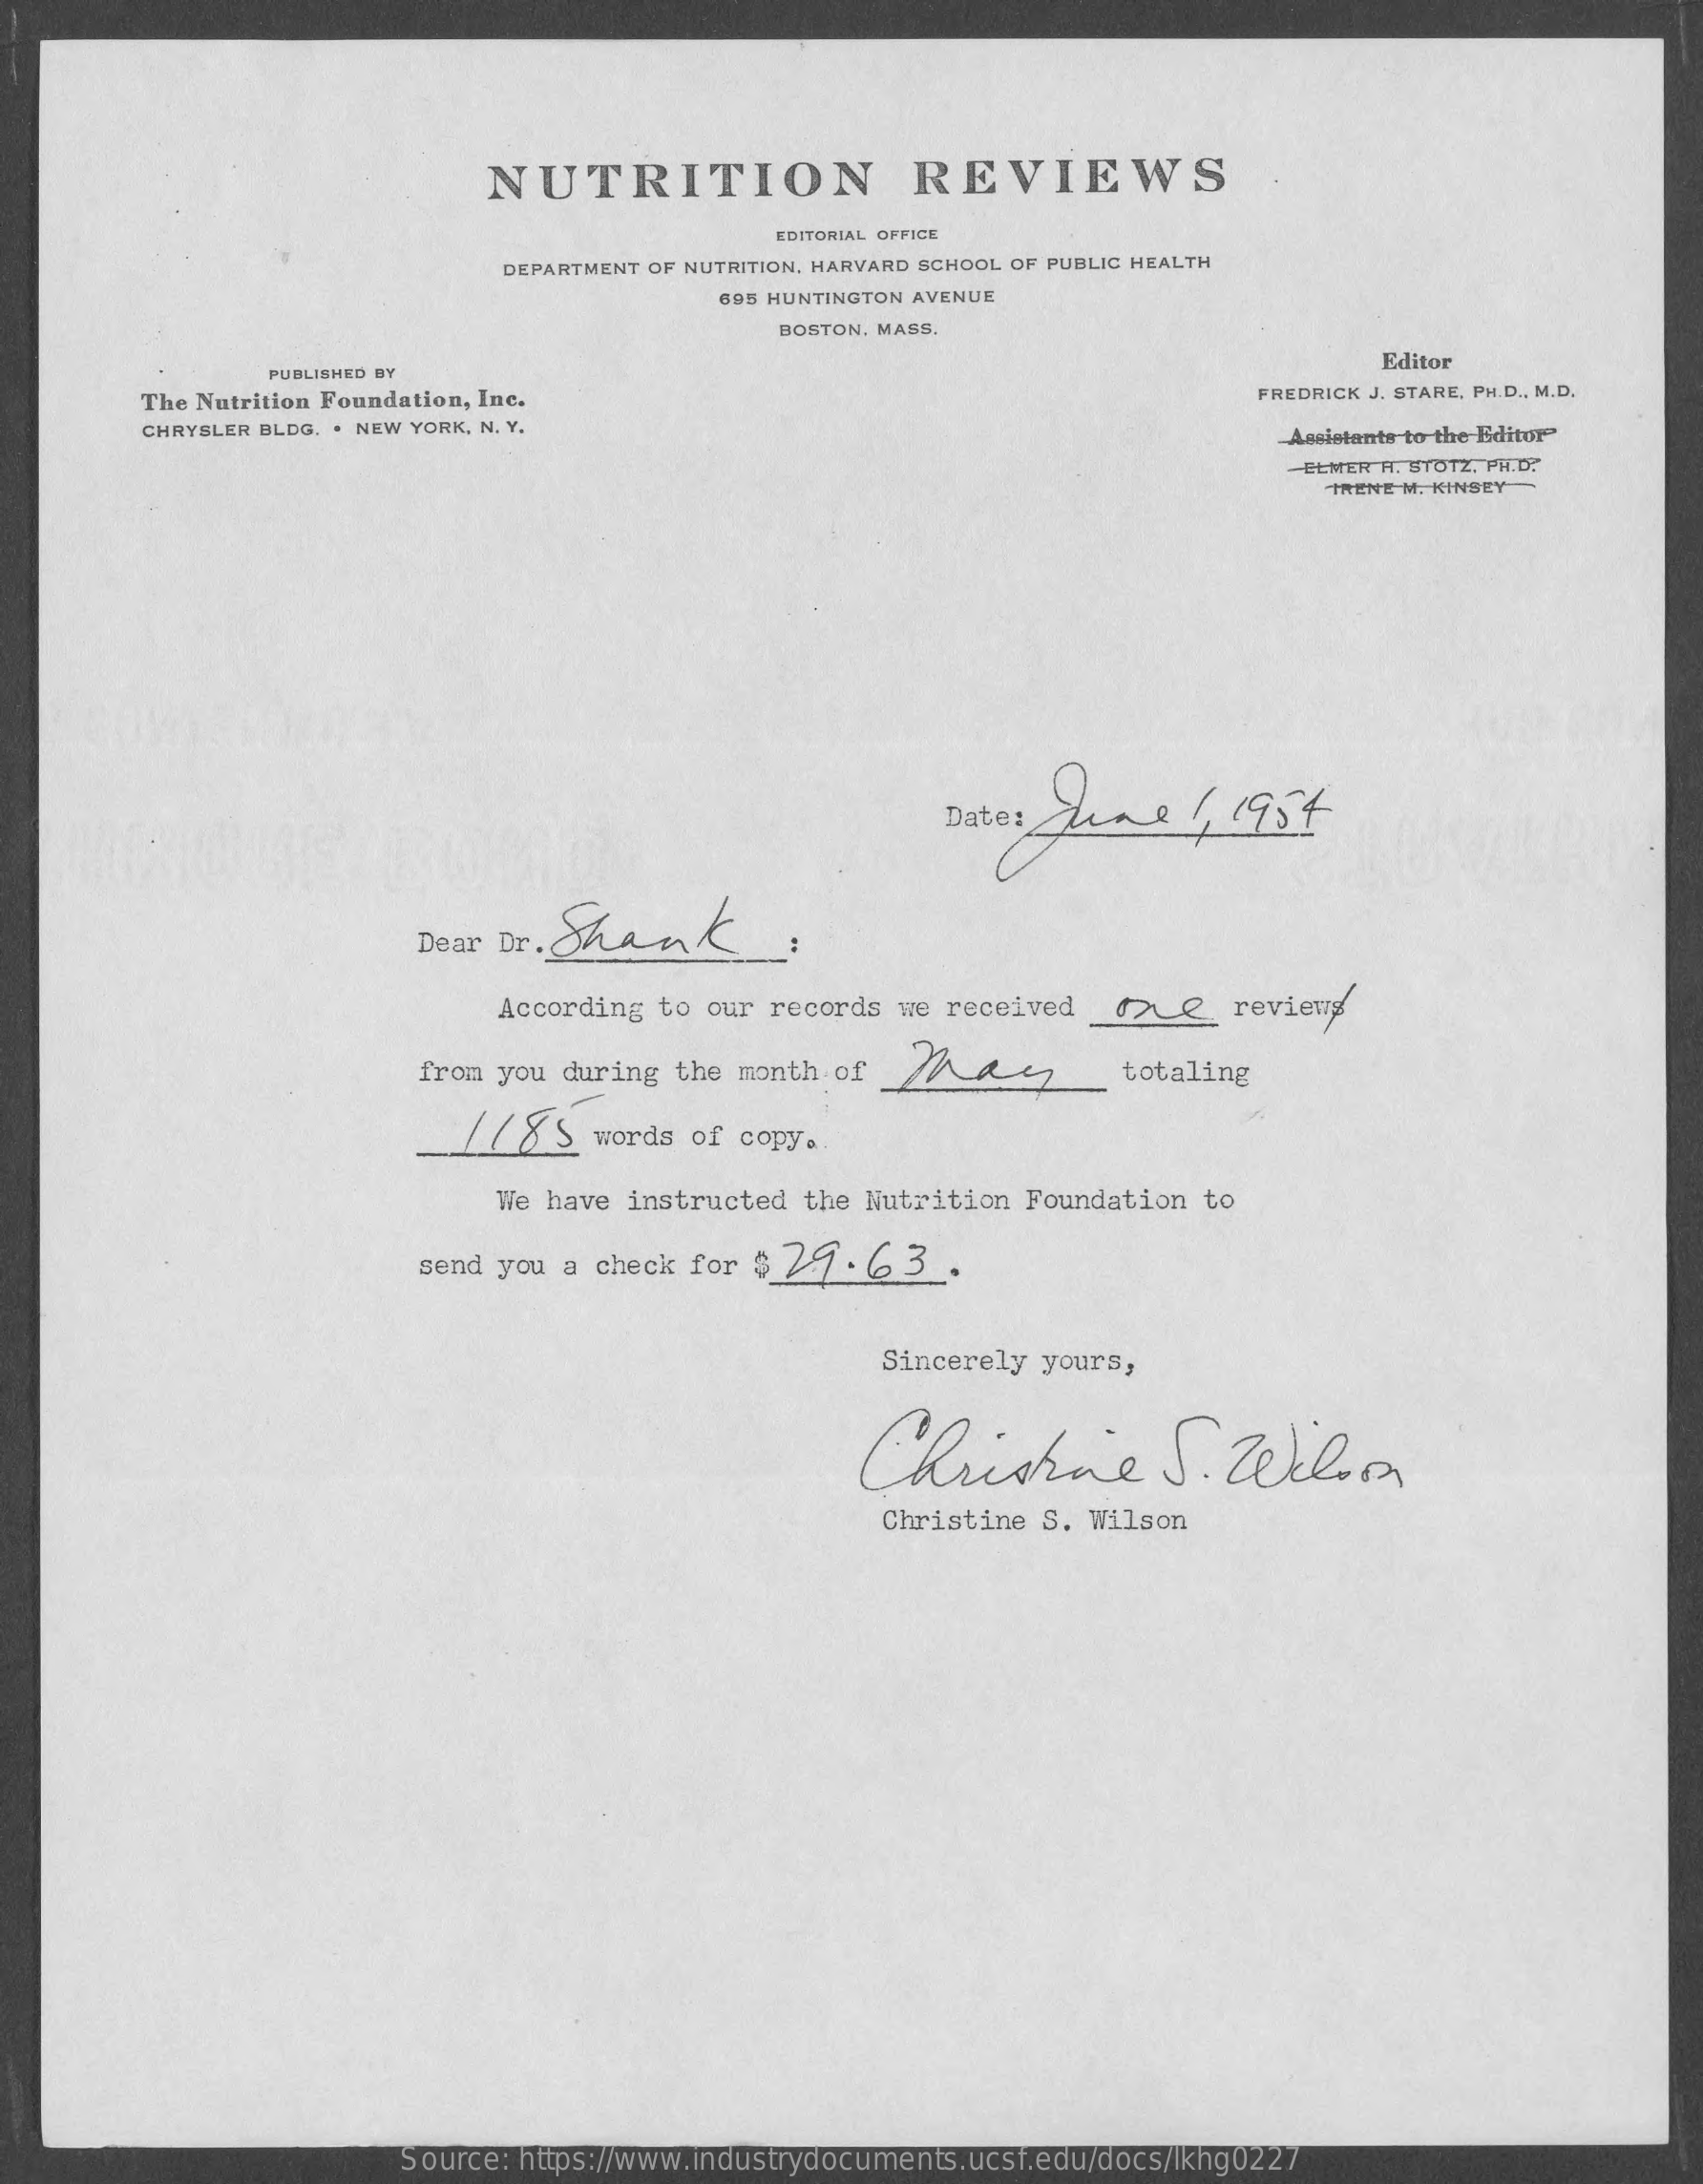
NUTRITION    REVIEWS
     EDITORIAL OFFICE
     DEPARTMENT OF NUTRITION. HARVARD SCHOOL OF PUBLIC HEALTH
     695 HUNTINGTON AVENUE
     BOSTON. MASS.
     PUBLISHED BY
     Editor
     The Nutrition Foundation, Inc.    FREDRICK J. STARE, PH.D ., M.D.
     CHRYSLER BLDG. . NEW YORK, N. Y.
     Assistants to the Editor-
     ELMER H. STOTZ, PH.D?
     TRENE M. KINSEY
     Date:   Line    (  1954
     .Shank
     According to our  records we received   122    reviews
     from you during the month  of may    totaling
     >  5 words of copy.
     We have instructed  the Nutrition Foundation  to
     send you a check for $  29.63.
     Sincerely yours,
     Christine    S.  Zeklon
     Christine S. Wilson
     Source: https://www.industrydocuments.ucsf.edu/docs/lkhg0227